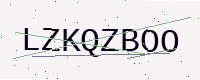
Text: LZKQZBOO